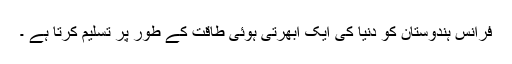
فرانس ہندوستان کو دنیا کی ایک ابھرتی ہوئی طاقت کے طور پر تسلیم کرتا ہے ۔